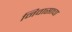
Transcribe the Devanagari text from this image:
निवासाचा